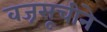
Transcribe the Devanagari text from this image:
वज्रसूचीने